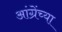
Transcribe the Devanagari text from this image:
आंग्रेंच्या